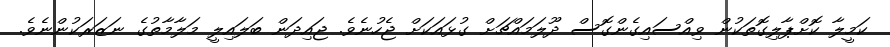
ކަމީލާ ކޮށްޕާލިގޮތަކުން ވިއްސައިގެންގޮސް ދޫލަމައްޗަށް ގުޅައަކަށް ޖެހުނެވެ. ޖައިދަން ބަލައިލީ މަލާމާތުގެ ނަޒަރަކުންނެވެ.